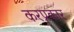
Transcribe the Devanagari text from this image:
करप्रकार